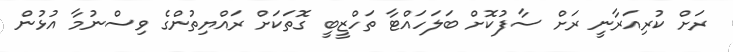
ރަށް ކުރިއަރާނީ ރަށް ސާފުކޮށް ބަލަހައްޓާ ތަހްޒީބީ ގޮތަކަށް ރައްޔިތުންގެ ވިސްނުމާ އުޅުން